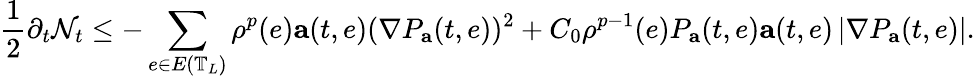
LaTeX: \frac{1}{2}\partial_{t}\mathcal{N}_{t}\leq-\sum_{e\in E\left(\mathbb{T}_{L}\right)}\rho^{p}(e)\mathbf{a}(t,e)(\nabla P_{\mathbf{a}}(t,e))^{2}+C_{0}\rho^{p-1}(e)P_{\mathbf{a}}(t,e)\mathbf{a}(t,e)\left|\nabla P_{\mathbf{a}}(t,e)\right|.